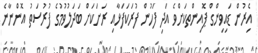
އެިރުން ޑައިވިންގް ޕޮއިންތކަށްވެ އަދި ފަހުން ފުރަކަފަޅާއި ރަށަކަށް ބަދަލުވުމުގެ ފުރުސަތު އޮންނާނެ